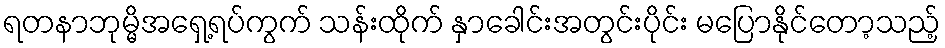
ရတနာဘုမ္မိအရှေ့ရပ်ကွက် သန်းထိုက် နှာခေါင်းအတွင်းပိုင်း မပြောနိုင်တော့သည့်